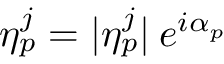
\eta _ { p } ^ { j } = | \eta _ { p } ^ { j } | \: e ^ { i \alpha _ { p } }